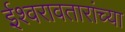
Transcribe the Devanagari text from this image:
ईश्वरावतारांच्या